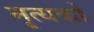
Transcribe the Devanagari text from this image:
नृत्यकों